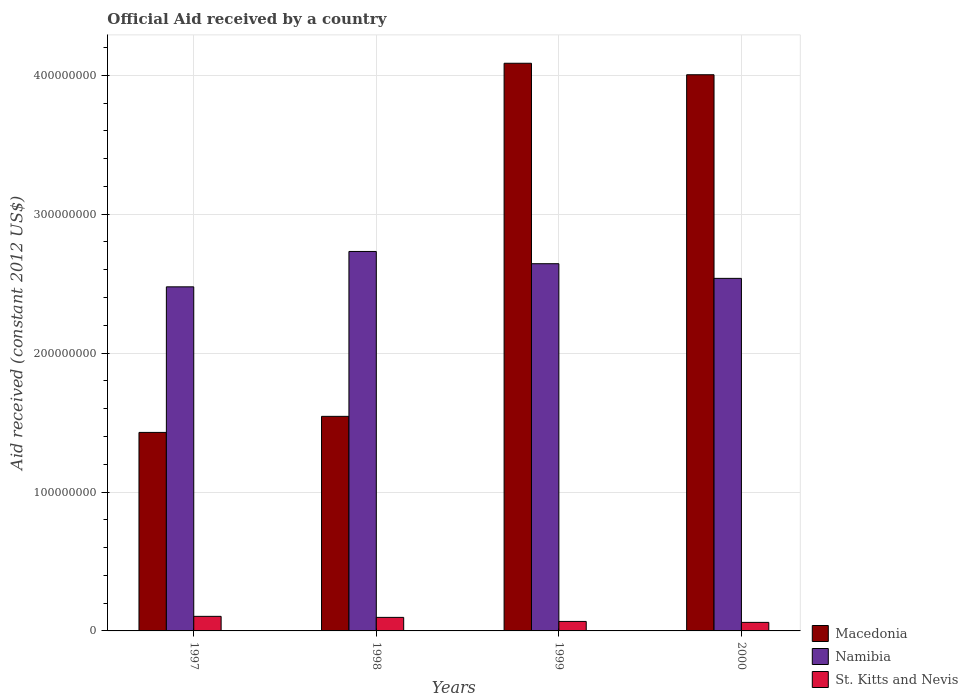
| Years | Macedonia | Namibia | St. Kitts and Nevis |
 | --- | --- | --- | --- |
 | 1997 | 1.43e+08 | 2.48e+08 | 1.05e+07 |
 | 1998 | 1.54e+08 | 2.73e+08 | 9.75e+06 |
 | 1999 | 4.09e+08 | 2.64e+08 | 6.83e+06 |
 | 2000 | 4e+08 | 2.54e+08 | 6.15e+06 |